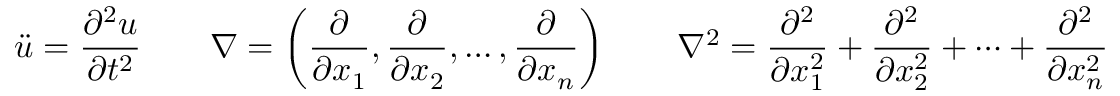
{ \ddot { u } } = { \frac { \partial ^ { 2 } u } { \partial t ^ { 2 } } } \quad \quad \nabla = \left( { \frac { \partial } { \partial x _ { 1 } } } , { \frac { \partial } { \partial x _ { 2 } } } , \ldots , { \frac { \partial } { \partial x _ { n } } } \right) \quad \quad \nabla ^ { 2 } = { \frac { \partial ^ { 2 } } { \partial x _ { 1 } ^ { 2 } } } + { \frac { \partial ^ { 2 } } { \partial x _ { 2 } ^ { 2 } } } + \cdots + { \frac { \partial ^ { 2 } } { \partial x _ { n } ^ { 2 } } }